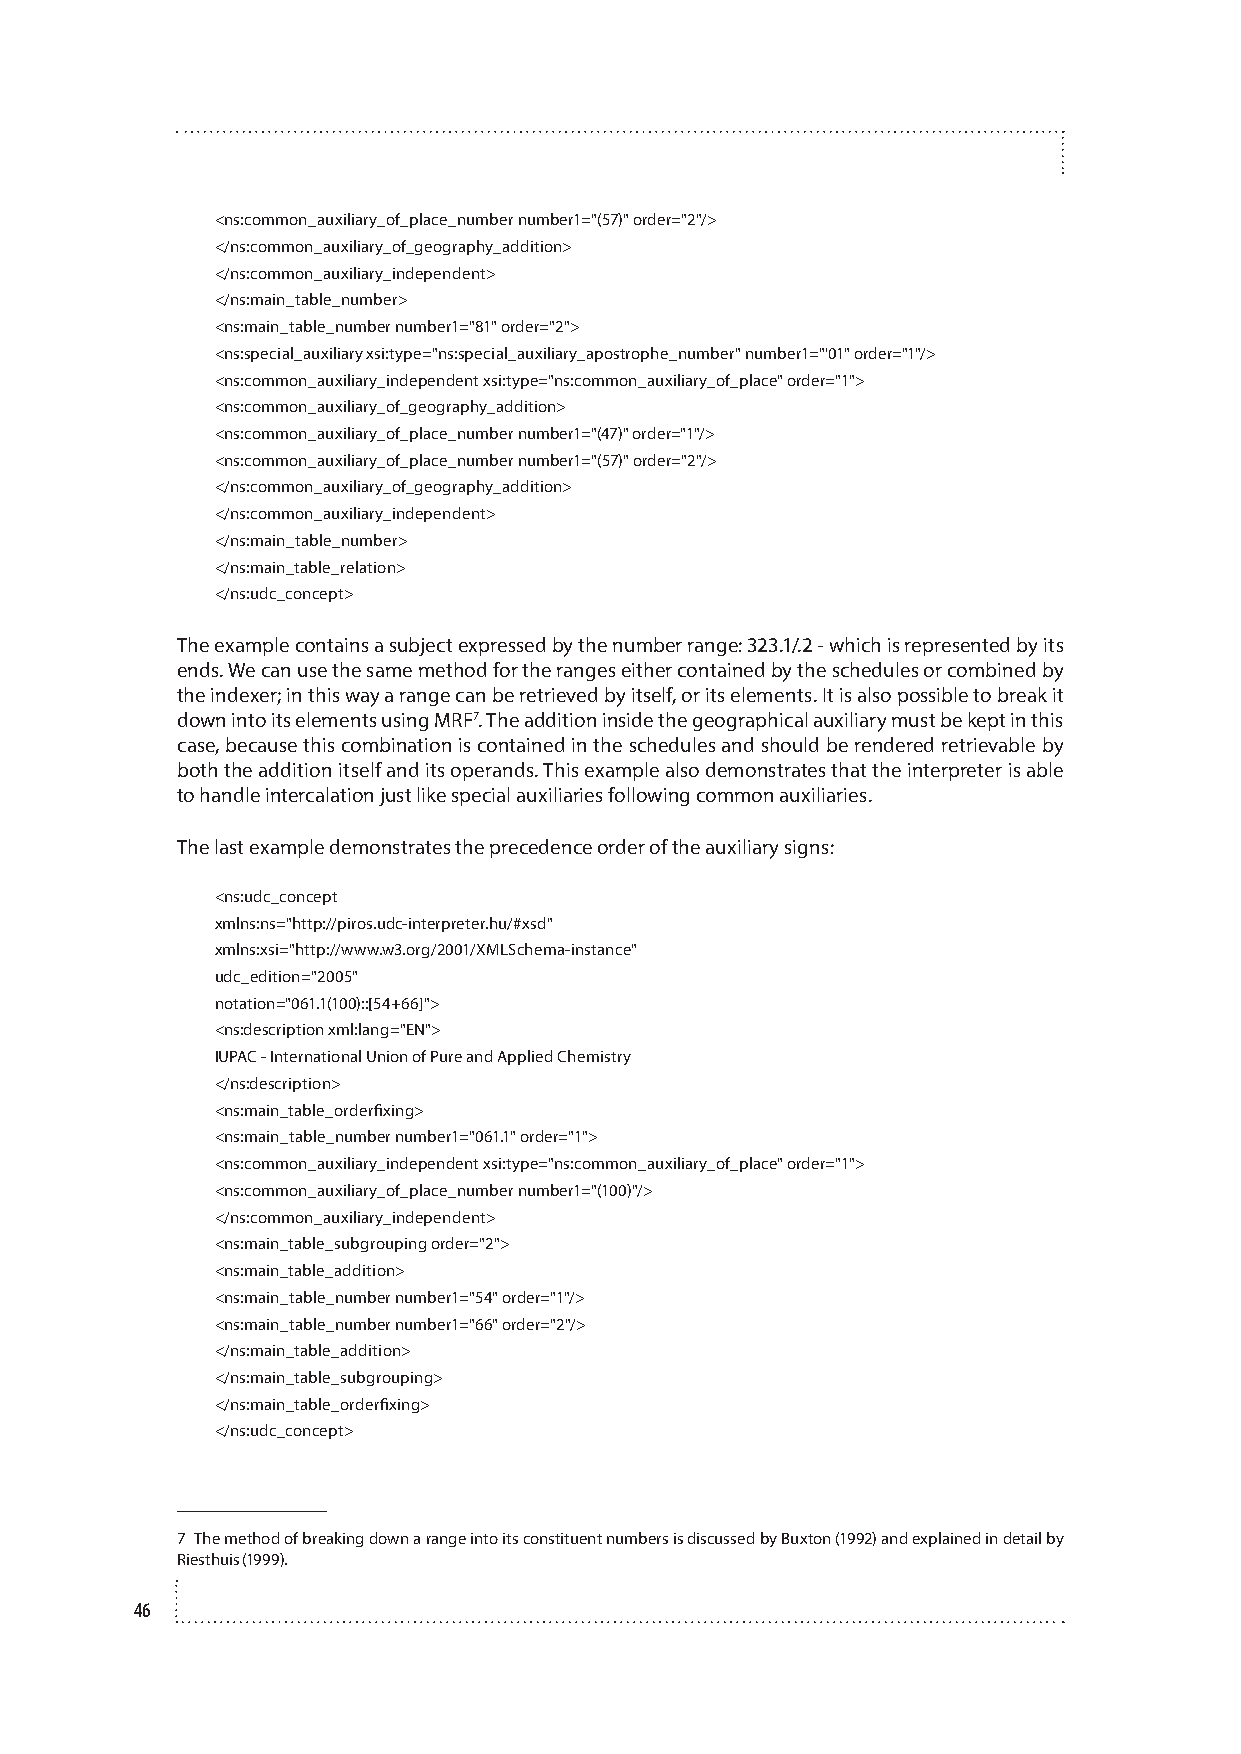
<ns:common_auxiliary_of_place_number number1="(57)" order="2"/>
 </ns:common_auxiliary_of_geography_addition>
 </ns:common_auxiliary_independent>
 </ns:main_table_number>
 <ns:main_table_number number1="81" order="2">
 <ns:special_auxiliary xsi:type="ns:special_auxiliary_apostrophe_number" number1="'01" order="1"/>
 <ns:common_auxiliary_independent xsi:type="ns:common_auxiliary_of_place" order="1">
 <ns:common_auxiliary_of_geography_addition>
 <ns:common_auxiliary_of_place_number number1="(47)" order="1"/>
 <ns:common_auxiliary_of_place_number number1="(57)" order="2"/>
 </ns:common_auxiliary_of_geography_addition>
 </ns:common_auxiliary_independent>
 </ns:main_table_number>
 </ns:main_table_relation>
 </ns:udc_concept>
 The example contains a subject expressed by the number range: 323.1/.2 - which is represented by its
 ends. We can use the same method for the ranges either contained by the schedules or combined by
 the indexer; in this way a range can be retrieved by itself, or its elements. It is also possible to break it
 down into its elements using MRF7. The addition inside the geographical auxiliary must be kept in this
 case, because this combination is contained in the schedules and should be rendered retrievable by
 both the addition itself and its operands. This example also demonstrates that the interpreter is able
 to handle intercalation just like special auxiliaries following common auxiliaries.
 The last example demonstrates the precedence order of the auxiliary signs:
 <ns:udc_concept
 xmlns:ns="http://piros.udc-interpreter.hu/#xsd"
 xmlns:xsi="http://www.w3.org/2001/XMLSchema-instance"
 udc_edition="2005"
 notation="061.1(100)::[54+66]">
 <ns:description xml:lang="EN">
 IUPAC - International Union of Pure and Applied Chemistry
 </ns:description>
 <ns:main_table_orderfixing>
 <ns:main_table_number number1="061.1" order="1">
 <ns:common_auxiliary_independent xsi:type="ns:common_auxiliary_of_place" order="1">
 <ns:common_auxiliary_of_place_number number1="(100)"/>
 </ns:common_auxiliary_independent>
 <ns:main_table_subgrouping order="2">
 <ns:main_table_addition>
 <ns:main_table_number number1="54" order="1"/>
 <ns:main_table_number number1="66" order="2"/>
 </ns:main_table_addition>
 </ns:main_table_subgrouping>
 </ns:main_table_orderfixing>
 </ns:udc_concept>
 7 The method of breaking down a range into its constituent numbers is discussed by Buxton (1992) and explained in detail by
 Riesthuis (1999).
 46